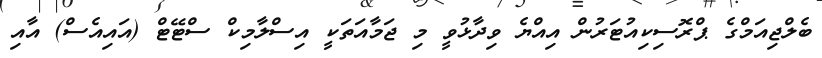
ބެލްޖިއަމްގެ ޕްރޮސިކިއުޓަރުން އިއްޔެ ވިދާޅުވީ މި ޖަމާއަތަކީ އިސްލާމިކް ސްޓޭޓް (އައިއެސް) އާއި